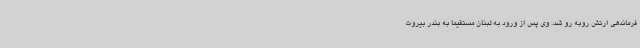
فرماندهی ارتش روبه رو شد. وی پس از ورود به لبنان مستقیما به بندر بیروت